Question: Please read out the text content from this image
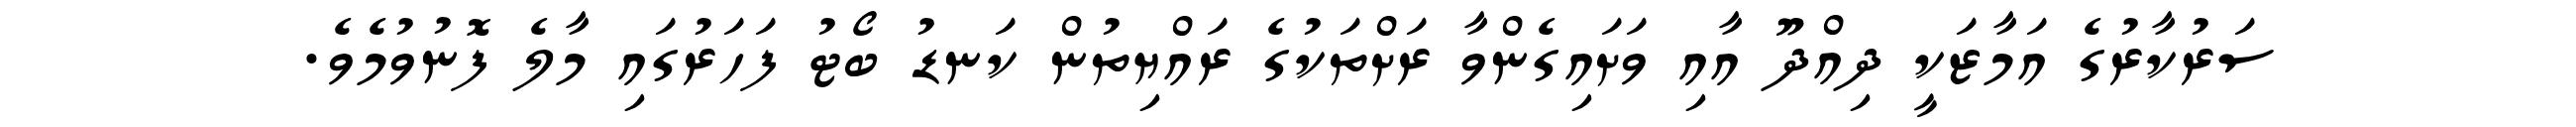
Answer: ސަރުކާރުގެ އަމާޒަކީ ދިއްދޫ އާއި ވަށައިގެންވާ ރަށްތަކުގެ ރައްޔިތުން ކަނޑު ބޯޓު ފަހަރުގައި މާލެ ފޮނުވުމެވެ.